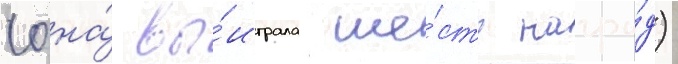
(она́ вы́играла ше́сть награ́д)